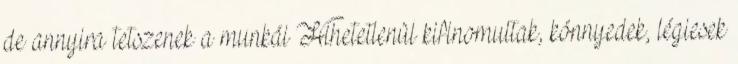
de annyira tetszenek a munkái Hihetetlenül kifinomultak, könnyedek, légiesek